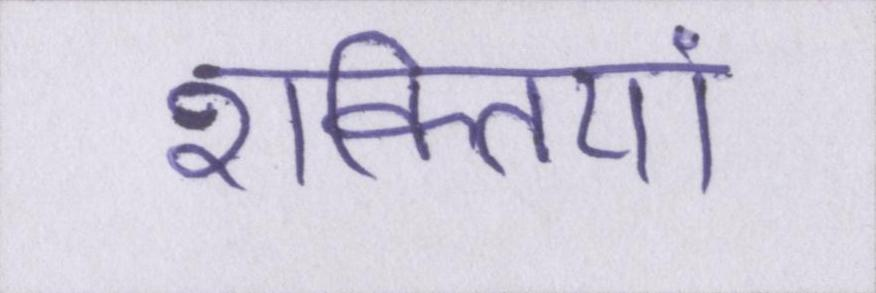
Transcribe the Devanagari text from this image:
शक्तियां